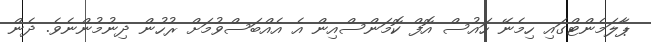
ޕާލަމެންޓްގައި ހިމެނޭ ހައުސް އޮފް ކޮމަންސްއިން އެ އެއްބަސްވުމަށް ރުހުން ދިނުމުންނެވެ. ދެން